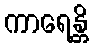
ကာရေန္တိ